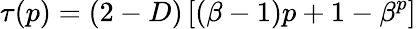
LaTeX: \tau(p)=(2-D)\left[(\beta-1)p+1-\beta^{p}\right]